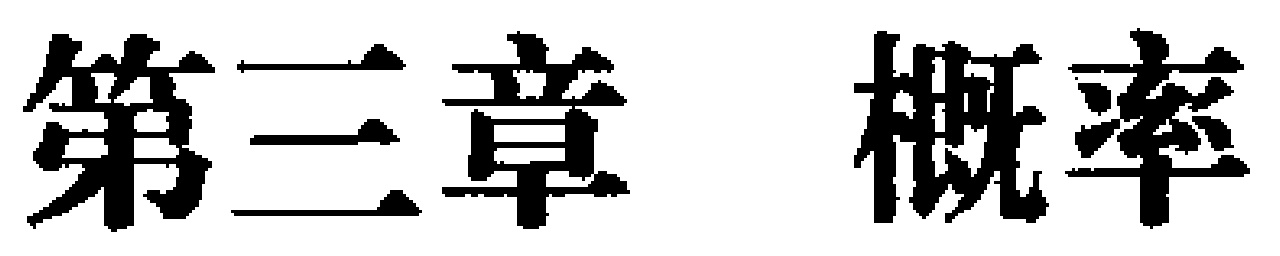
第三章 概率